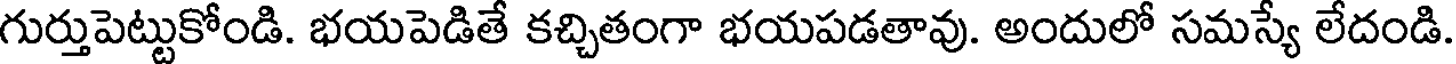
గుర్తుపెట్టుకోండి. భయపెడితే కచ్చితంగా భయపడతావు. అందులో సమస్యే లేదండి